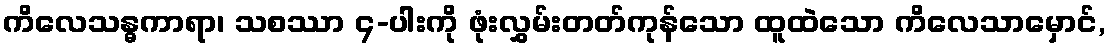
ကိလေသန္ဓကာရာ၊ သစဿာ ၄-ပါးကို ဖုံးလွှမ်းတတ်ကုန်သော ထူထဲသော ကိလေသာမှောင်,